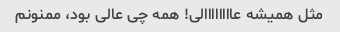
مثل همیشه عاااااااالی! همه چی عالی بود، ممنونم